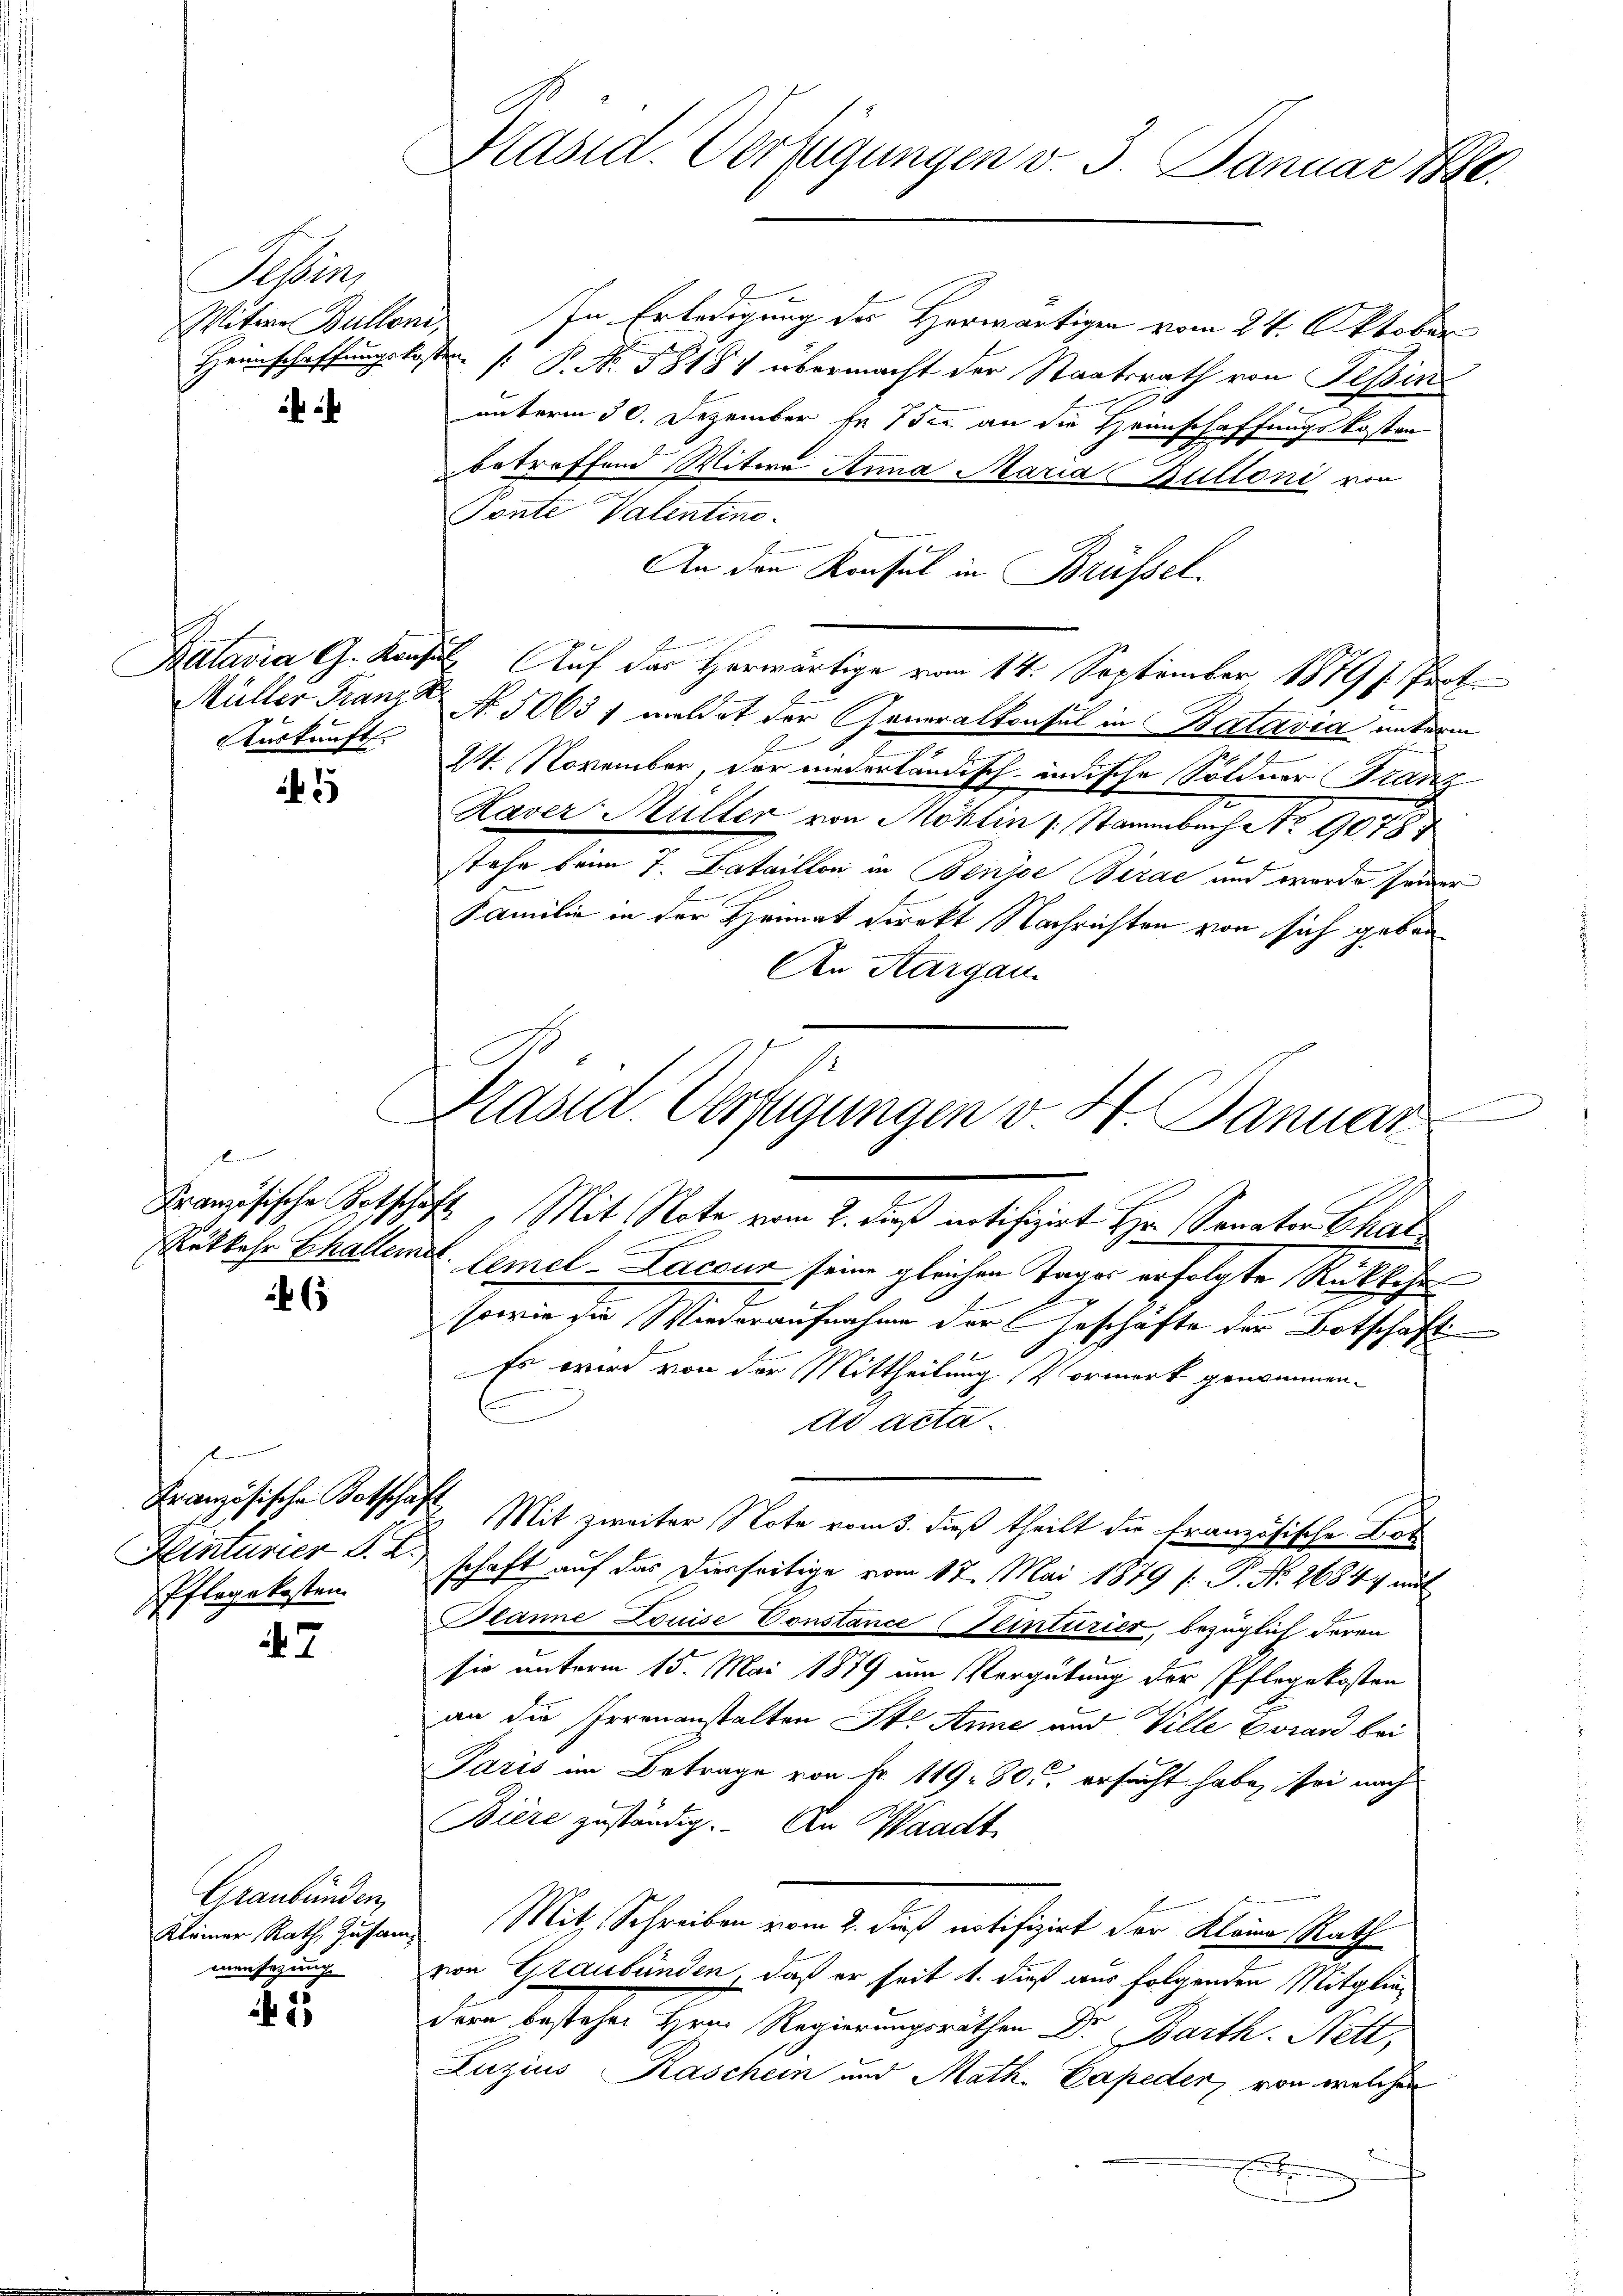
Tessin,
Witwe Bulloni,

f

Auskunft

5

us Cantons

6

s
Heinturier S. R.,
Pflegekosten.

7

Graubünden,
mansezung

1

Präsid. Verfügungen v. 3. Januar 188.

In Erledigung des Horwärtigen vom 24. Oktober
Heimschaffungskosten /: B. No. 1818. übermacht der Staatsrath von Tessin
unterm 30. Dezember fr. 7 der an die Heimschaffungskosten
betreffend Witwe Anna Maria Stilloni von
Sonnte Valentine.
An den Konsul in Brüssel
Batavia, G. Konsul Auf der Herwärtige vom 14. September 1879 s. Prot
Müller Franze Nr. 1063 f meldet der Generalkonsul in Batavia unterm
E
24. November, der niederländisch indische Söldner Stanz
Haver Müller von Möhlin (: Stammbach Ao. 1078
stehe beim 7. Bataillon in Benjoe Birac und wurde seiner
Familie in der Heimat direkt Nachrichten von sich geben
An Aargau.
Französische Kotschaft „Mit Note vom 2. Dieß notifizirt Hr. Sanator Char
Rükkehr Challemat. Cemel-Laccur seine gleichen Tages erfolgte Rückkehr
sowie die Wiederaufnahme der Geschäfte der Botschaft
Es wird von der Mittheilung Vormerk genommen.
ad acta.
Französische Totschaft Mit zweiter Note vom 3. dieß theilt die französische Bot
schaft auf das Dierseitige vom 17. Mai 1879 [ P. Nr. 26844 mit
Planne Louise Constance (Kinturier, bezüglich deren
sie unterm 15. Mai 1879 um Vergütung der Pflegekosten
an die Irrenanstalten St. Anne und Ville Evrard bei
Paris im Betrage von Fr. 119. 80. ersucht habe, sei nach
Biere zuständig. An Waadt
Kleiner Rath Zusame Mit Schreiben vom 2. dieß notifizirt der Kleine Rath
von Graubünden, daß er seit 1. daß aus folgenden Mitgliedern bestehen Hrn. Regierungsräthen Dr. Barth. Nett,
Luzius Raschein und Math. Capeder, von welchen

Prasil-Verfügungen v. H. Januar

n

e
d